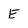
Character: E